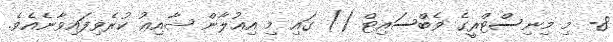
8- މި މިނިސްޓްރީގެ ވެބްސައިޓް () ގައި މި އިޢުލާން ޝާއިޢު ކުރެވިފައިވާނެއެވެ.